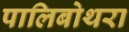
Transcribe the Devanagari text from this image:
पालिबोथरा